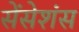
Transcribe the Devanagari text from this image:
सेंसेशंस